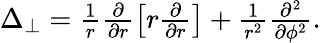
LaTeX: \begin{array}{r}{\Delta_{\perp}=\frac{1}{r}\frac{\partial}{\partial r}\left[r\frac{\partial}{\partial r}\right]+\frac{1}{r^{2}}\frac{\partial^{2}}{\partial\phi^{2}}.}\end{array}